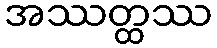
အဿတ္ထဿ